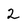
Character: 2